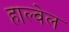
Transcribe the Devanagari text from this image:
हाल्वेल